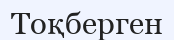
Тоқберген